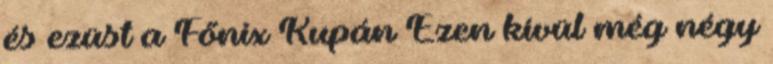
és ezüst a Főnix Kupán Ezen kívül még négy